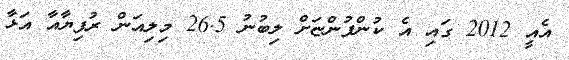
އެއީ 2012 ގައި އެ ކުންފުންޏަށް ލިބުނު 26.5 މިލިއަން ރުފިޔާއާ އަޅާ